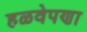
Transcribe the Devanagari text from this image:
हळवेपणा